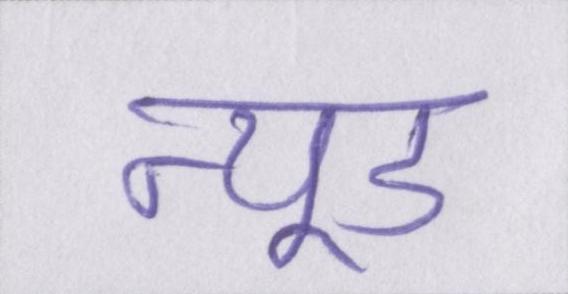
न्यूड